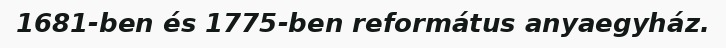
1681-ben és 1775-ben református anyaegyház.